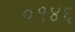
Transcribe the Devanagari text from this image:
०१४६